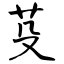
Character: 芟